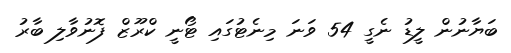
ބަޔާނުން ލީޑު ނެގީ 54 ވަނަ މިނެޓުގައި ޓޯނީ ކްރޫޒް ފޮނުވާލި ބާރު